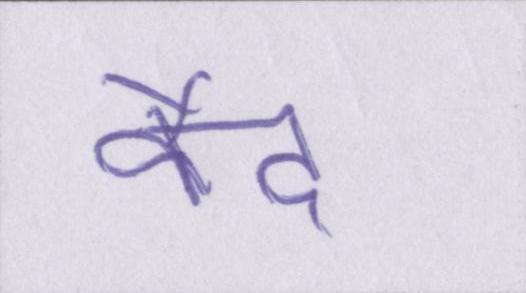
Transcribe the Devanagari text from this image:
कैद